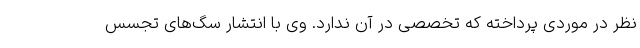
نظر در موردی پرداخته که تخصصی در آن ندارد. وی با انتشار سگ‌های تجسس